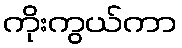
ကိုးကွယ်ကာ